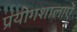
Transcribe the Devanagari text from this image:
प्रयोगशालाऐं